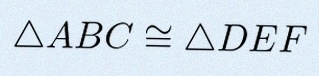
\triangle ABC\cong\triangle DEF